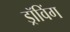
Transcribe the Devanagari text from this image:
ड्रॉविंग